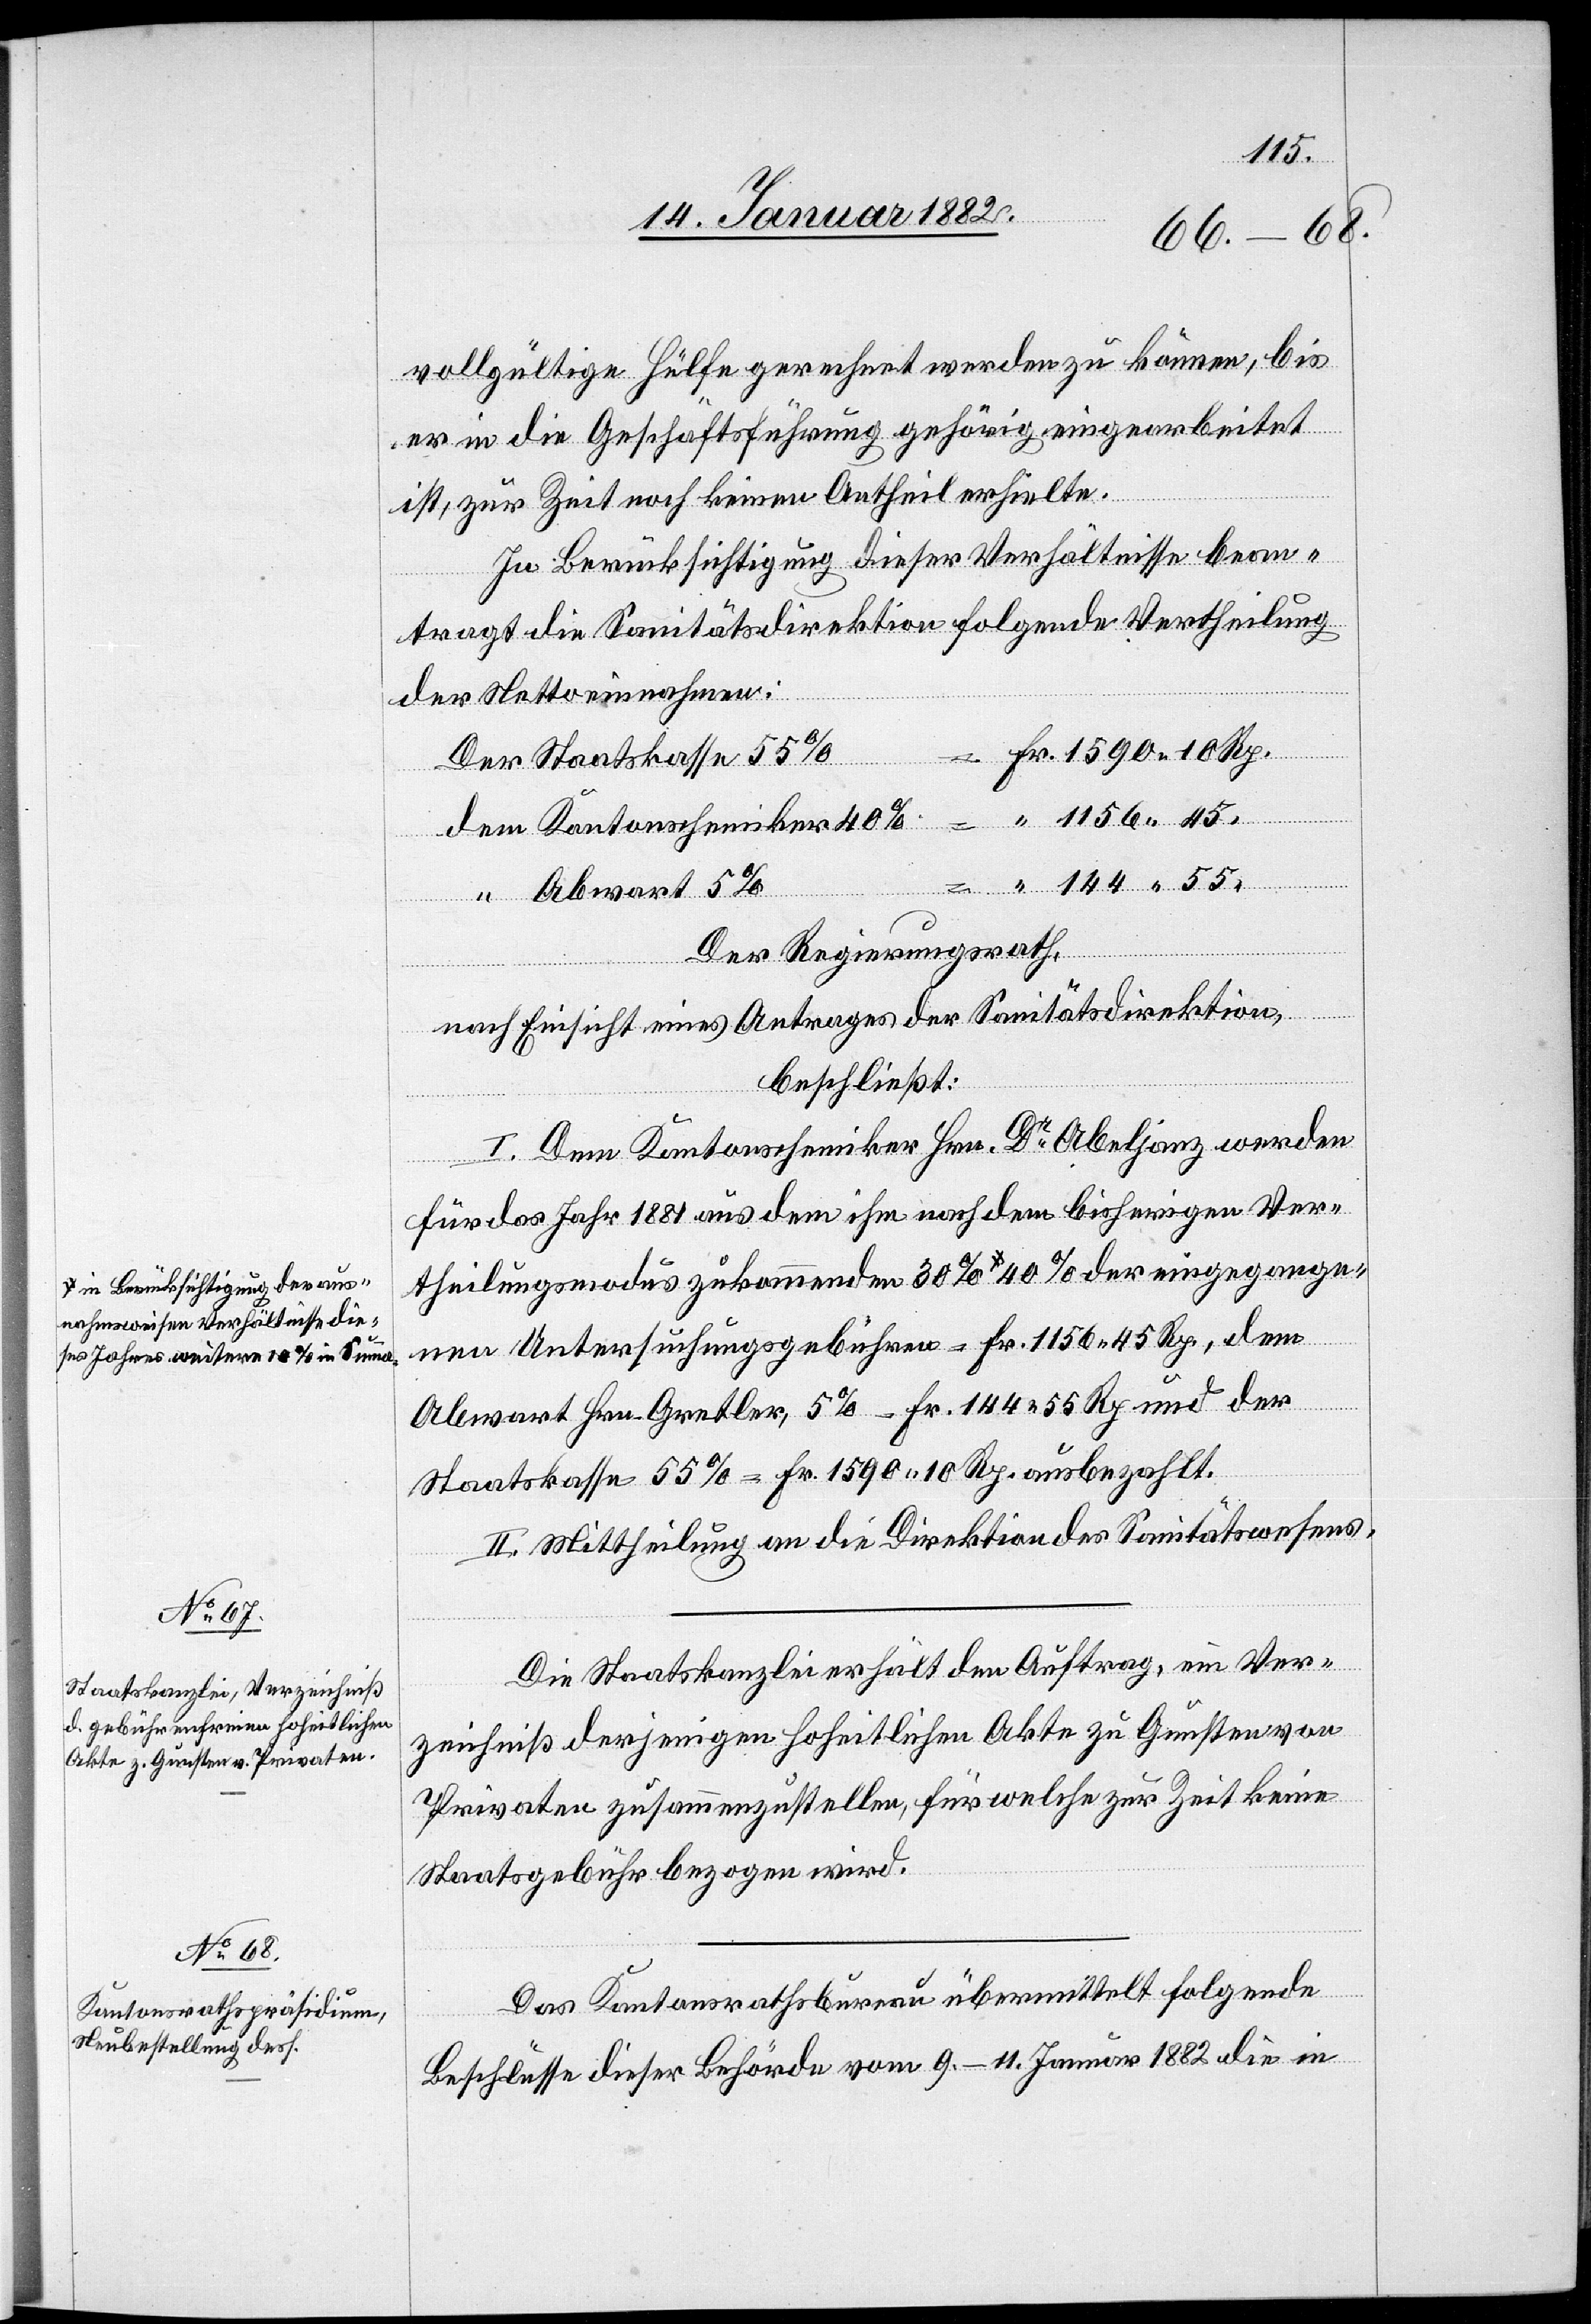
nahmsweisen Verhältnisse die¬
ses Jahres weitere 10% in Summe-a

144
vollgültige Hülfe gerechnet werden zu können, bis
er in die Geschäftsführung gehörig eingearbeitet
ist, zur Zeit noch keinen Antheil erhielte.
In Berücksichtigung dieser Verhältnisse bean¬
tragt die Sanitätsdirektion folgende Vertheilung
der Nettoeinnahmen:
– Fr. 1590 10 Rp.
der eingegange¬
Der Staatskasse 55%
aus¬
“ Abwart 5
Der Regierungsrath,
nach Einsicht eines Antrages der Sanitätsdirektion,
beschließt:
I. Dem Kantonschemiker Hrn. Dr Abeljanz werden
für das Jahr 1881 aus dem ihm nach dem bisherigen Ver¬
theilungsmodus zukommenden 30% a-in Berücksichtigung der
nen Untersuchungsgebühren – Fr. 1156 45 Rp., dem
Abwart Hr. Gretler, 5% – Fr. 144 55 Rp. und der
Staatskasse 55% – Fr. 1590 10 Rp. ausbezahlt.
II. Mittheilung an die Direktion des Sanitätswesens.
Die Staatskanzlei erhält den Auftrag, ein Ver¬
zeichniß derjenigen hoheitlichen Akten zu Gunsten von
Privaten zusammenzustellen, für welche zur Zeit keine
Staatsgebühr bezogen wird.
Das Kantonsrathsbureau übermittelt folgende
Beschlüsse dieser Behörde vom 9.–11. Januar 1882 die in